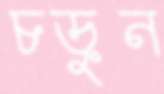
চড়ুন